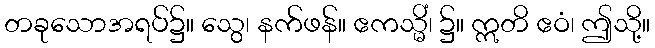
တခုသောအရပ်၌။ သွေ၊ နက်ဖန်။ ဧကသ္မိံ၊ ၌။ ဣတိ ဧဝံ၊ ဤသို့။